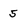
Character: 5